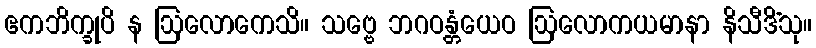
ဧကဘိက္ခုပိ န ဩလောကေသိ။ သဗ္ဗေ ဘဂဝန္တံယေဝ ဩလောကယမာနာ နိသီဒိံသု။